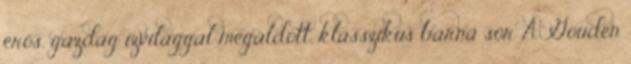
erős, gazdag ízvilággal megáldott, klasszikus barna sör A Gouden